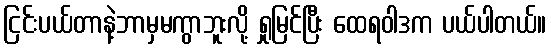
ငြင်းပယ်တာနဲ့ဘာမှမကွာဘူးလို့ ရှုမြင်ပြီး ထေရဝါဒက ပယ်ပါတယ်။